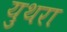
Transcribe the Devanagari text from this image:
युथरा